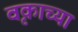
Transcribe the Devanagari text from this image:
वृकाच्या